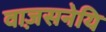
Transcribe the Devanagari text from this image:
वाज़सनेयि